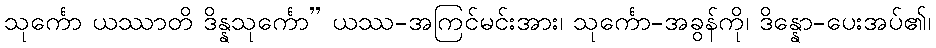
သုင်္ကော ယဿာတိ ဒိန္နသုင်္ကော” ယဿ-အကြင်မင်းအား၊ သုင်္ကော-အခွန်ကို၊ ဒိန္နော-ပေးအပ်၏၊